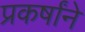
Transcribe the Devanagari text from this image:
प्रकर्षांने